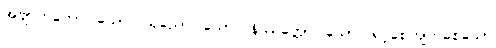
အဗျာကတော၊ သော။ သုညော၊ သော။ နိဿတ္တော၊ သော။ ရင့်စေကျက်စေသော